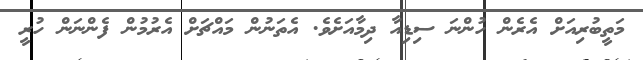
މަތީބުރިއަށް އެރެން ހުންނަ ސިޑިއާ ދިމާއަށެވެ. އެތަނުން މައްޗަށް އެރުމުން ފެންނަން ހުރީ